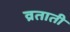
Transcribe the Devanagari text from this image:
व्रताती